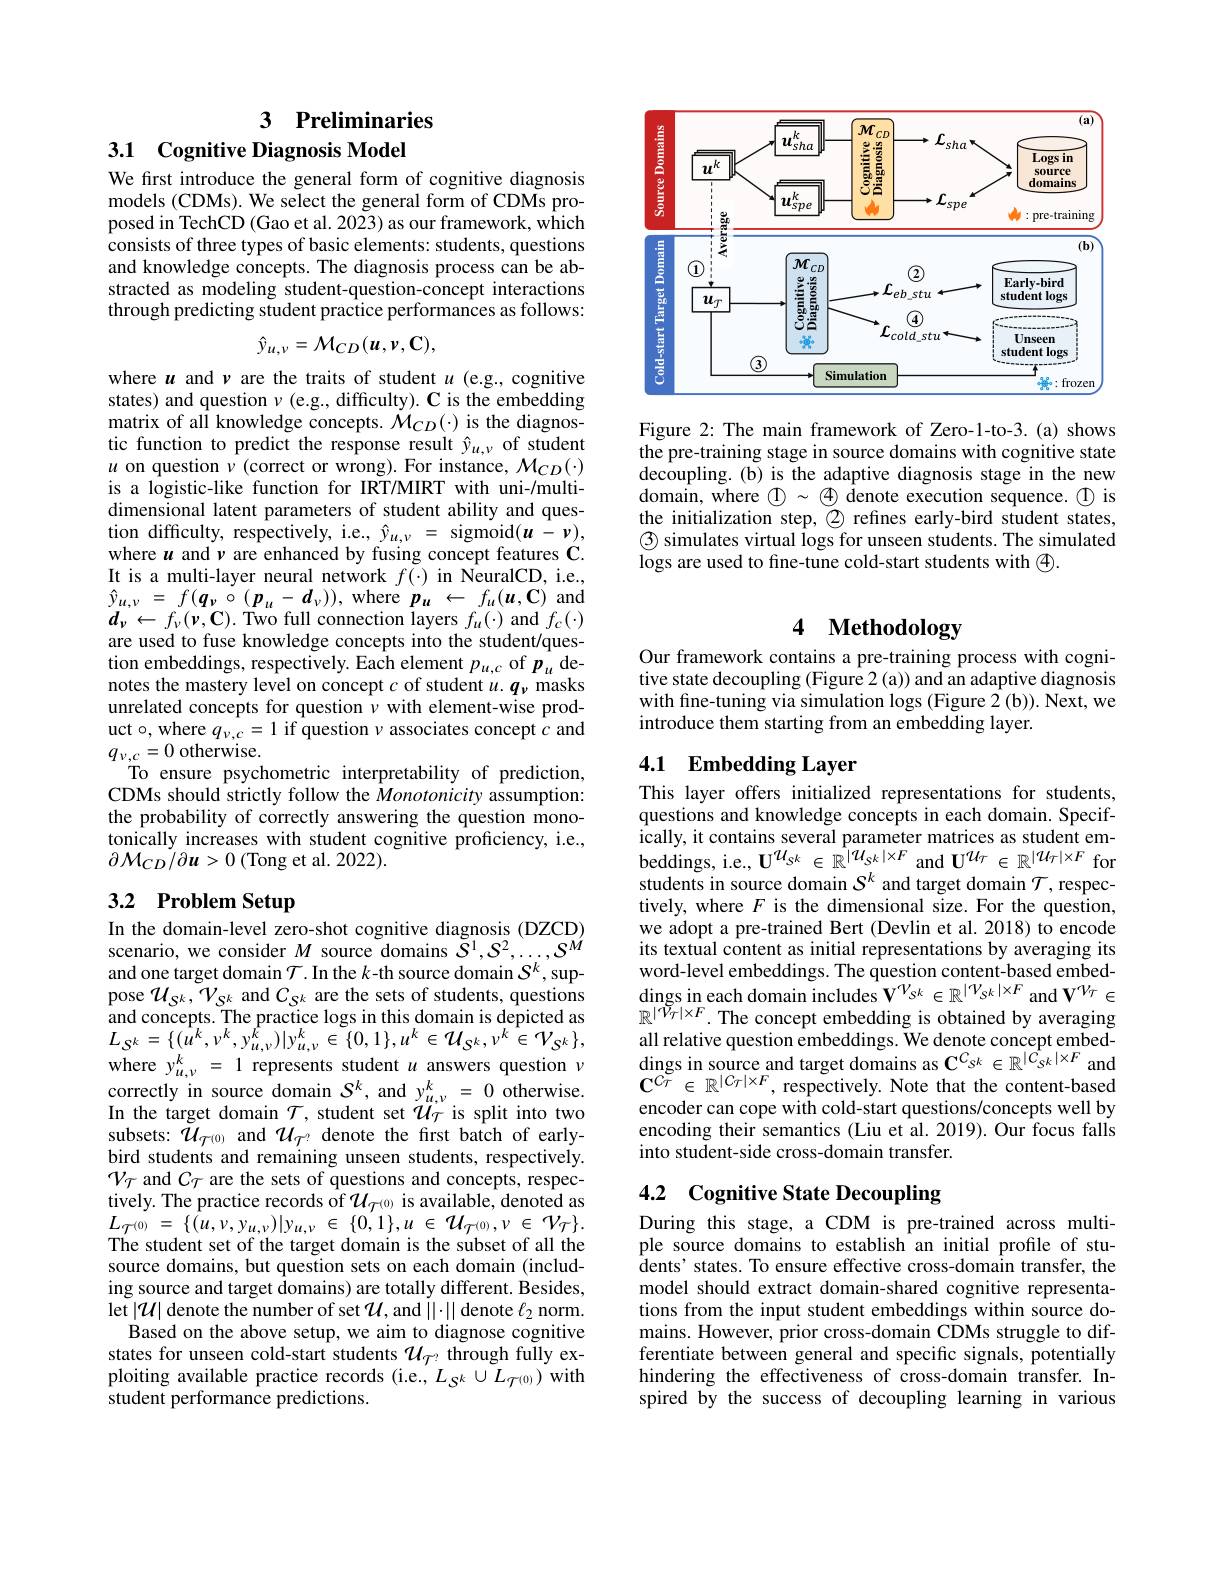
# 3 Preliminaries

3.1 Cognitive Diagnosis Model

We first introduce the general form of cognitive diagnosis models (CDMs). We select the general form of CDMs proposed in TechCD (Gao et al. 2023) as our framework, which consists of three types of basic elements: students, questions and knowledge concepts. The diagnosis process can be abstracted as modeling student-question-concept interactions through predicting student practice performances as follows:
$$\hat{y}_{u,\nu}=\mathcal{M}_{CD}(u,v,\mathbf{C}),$$
where $u$ and $\nu$ are the traits of student $u$ (e.g., cognitive states) and question $\nu$ (e.g., difficulty). C is the embedding matrix of all knowledge concepts. $\mathcal{M}_{CD}(\cdot)$ is the diagnostic function to predict the response result $\hat{y}_{u,\nu}$ of student $u$ on question $\nu$ (correct or wrong). For instance, $\mathcal{M}_CD(\cdot)$ is a logistic-like function for IRT/MIRT with uni-/multidimensional latent parameters of student ability and question difficulty, respectively, i. e. , $\hat{y} _{u, \nu }$ = sigmoid( u- v) , where $u$ and $\nu$ are enhanced by fusing concept features C. It is a multi-layer neural network $f(\cdot)$ in NeuralCD, i.e., $\begin{array}{l}{\hat{y}_{u,\nu}=f(\boldsymbol{q}_{\nu}\circ(\boldsymbol{p}_{u}-\boldsymbol{d}_{\nu})),\mathrm{~where~}p_{u}\leftarrow f_{u}(\boldsymbol{u},\mathbf{C})\mathrm{~and}}\\{d_{\nu}\leftarrow f_{\nu}(\boldsymbol{v},\mathbf{C}).\mathrm{~Two~full~connection~layers~}f_{u}(\cdot)\mathrm{~and~}f_{c}(\cdot)}\end{array}$ are used to fuse knowledge concepts into the student/question embeddings, respectively. Each element $p_{u,c}$ of $p_{u}$ denotes the mastery level on concept $c$ of student $u.q_\nu$ masks unrelated concepts for question $\nu$ with element-wise product $\circ$,where $q_\nu,c=1$ if question $\nu$ associates concept $c$ and $q_{\nu,c}=0$ otherwise.
To ensure psychometric interpretability of prediction, CDMs should strictly follow the Monotonicity assumption: the probability of correctly answering the question monotonically increases with student cognitive proficiency, i.e., $\partial {\mathcal{M} }_{CD}/ \partial {\boldsymbol{u}}> 0$ (Tong et al. 2022).

# 3.2 Problem Setup

In the domain-level zero-shot cognitive diagnosis (DZCD) scenario, we consider $M$ source domains $S^1,S^2,\ldots,S^M$ and one target domain $\mathcal{T}.$ In the $k$-th source domain $\mathcal{S}^k$,suppose $\mathcal{U}_{S^{k}},\mathcal{V}_{S^{k}}$ and $C_{S^{k}}$ are the sets of students, questions and concepts. The practice logs in this domain is depicted as $L_{S^{k}}=\{(u^{k},v^{k},y_{u,\nu}^{k})|y_{u,\nu}^{k}\in\{0,1\},u^{k}\in\mathcal{U}_{S^{k}},v^{k}\in\mathcal{V}_{S^{k}}\}$, where $y_{u,\nu}^{k}=1$ represents student $u$ answers question $\nu$ $\begin{array}{l}{\text{correctly in source domain }S^{k},\mathrm{~and~}y_{u,\nu}^{k}=0\mathrm{~otherwise.}}\\{\text{In the target domain }\mathcal{T},\mathrm{~student~set~}\mathcal{U}_{\mathcal{T}}\mathrm{~is~split~into~two}}\end{array}$ subsets: $\mathcal{U}_{\mathcal{T}^{(0)}}$ and $\mathcal{U}_{\mathcal{T}^{?}}$ denote the first batch of earlybird students and remaining unseen students, respectively. $\mathcal{V}_{T}$ and $C_T$ are the sets of questions and concepts, respectively. The practice records of $\mathcal{U}_{\mathcal{T}^{(0)}}$ is available, denoted as $L_{\mathcal{T} ^{( 0) }}$ = $\{ ( u, v, y_{u, \nu }) | y_{u, \nu }$ $\in$ $\{ 0, 1\} , u$ $\in$ $\mathcal{U} _{\mathcal{T} ^{( 0) }}, \nu$ $\in$ $\mathcal{V} _{\mathcal{T} }\} .$ The student set of the target domain is the subset of all the source domains, but question sets on each domain (including source and target domains) are totally different. Besides, let $|\mathcal{U}|$ denote the number of set $\mathcal{U}$,and $||\cdot||$ denote $\ell_2$ norm. Based on the above setup, we aim to diagnose cognitive
states for unseen cold-start students $\mathcal{U}_{\mathcal{T}^?}$ through fully exploiting available practice records (i.e., $L_{S^k}\cup L_{\mathcal{T}^{(0)}})$ with $\tilde{\text{student performance predictions.}}$

<FigureHere>

Figure 2: The main framework of Zero-1-to-3.(a) shows the pre-training stage in source domains with cognitive state decoupling. (b) is the adaptive diagnosis stage in the new domain, where $\textcircled{1}\sim\textcircled{4}$ denote execution sequence. $\textcircled{1}$ is the initialization step, $\textcircled{2}$ refines early-bird student states, $\textcircled{3}$ simulates virtual logs for unseen students. The simulated logs are used to fine-tune cold-start students with $\textcircled{4}.$

# 4 Methodology

Our framework contains a pre-training process with cognitive state decoupling (Figure 2 (a)) and an adaptive diagnosis with fne-tuning via simulation logs (Figure 2 (b)). Next, we introduce them starting from an embedding layer.

# 4.1 Embedding Layer This layer offers initialized representations for students,

questions and knowledge concepts in each domain. Specifically, it contains several parameter matrices as student em- $\text{beddings, i. e. , U}^{u_{S^k}\in \mathbb{R} ^{| }u_{S^k| \times F}}\mathrm{~and~U}^{\mathcal{U} \tau }\in \mathbb{R} ^{| \mathcal{U} \tau | \times F}$ for students in source domain $S^{k}$ and target domain $\mathcal{T} $, respectively, where $F$ is the dimensional size. For the question, we adopt a pre-trained Bert (Devlin et al. 2018) to encode its textual content as initial representations by averaging its word-level embeddings. The question content-based embeddings in each domain includes $\mathbf{V}^{\mathcal{V}_{S^k}\in\mathbb{R}^{|\mathcal{V}_{S^k}|\times F}}$ and $\mathbf{V}^{\mathcal{V}_T}\in$ $\mathbb{R}^{|\mathcal{V}_T|\times F}.$ The concept embedding is obtained by averaging all relative question embeddings. We denote concept embeddings in source and target domains as $\mathbf{C}^{C_{S^k}\in\mathbb{R}^{|C_{S^k}|\times F}}$ and $\mathbf{C}^{C\tau}\in\mathbb{R}^{|C\tau|\times F}$,respectively. Note that the content-based encoder can cope with cold-start questions/concepts well by encoding their semantics (Liu et al. 2019). Our focus falls into student-side cross-domain transfer.

# 4.2 Cognitive State Decoupling

During this stage, a CDM is pre-trained across multiple source domains to establish an initial profile of students' states. To ensure effective cross-domain transfer, the model should extract domain-shared cognitive representations from the input student embeddings within source domains. However, prior cross-domain CDMs struggle to differentiate between general and specific signals, potentially hindering the effectiveness of cross-domain transfer. Inspired by the success of decoupling learning in various